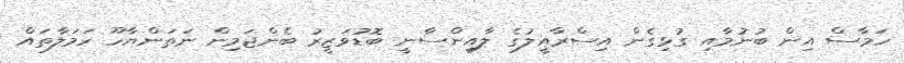
ހަމާސް އިން ބުނުމާއި ގުޅިގެން އިސްރާއީލުގެ ލާއިންސާނީ ބޮޑުވަޒީރު ބެންޖަމިން ނަތަންޔާހޫ ހަމަލާތައް